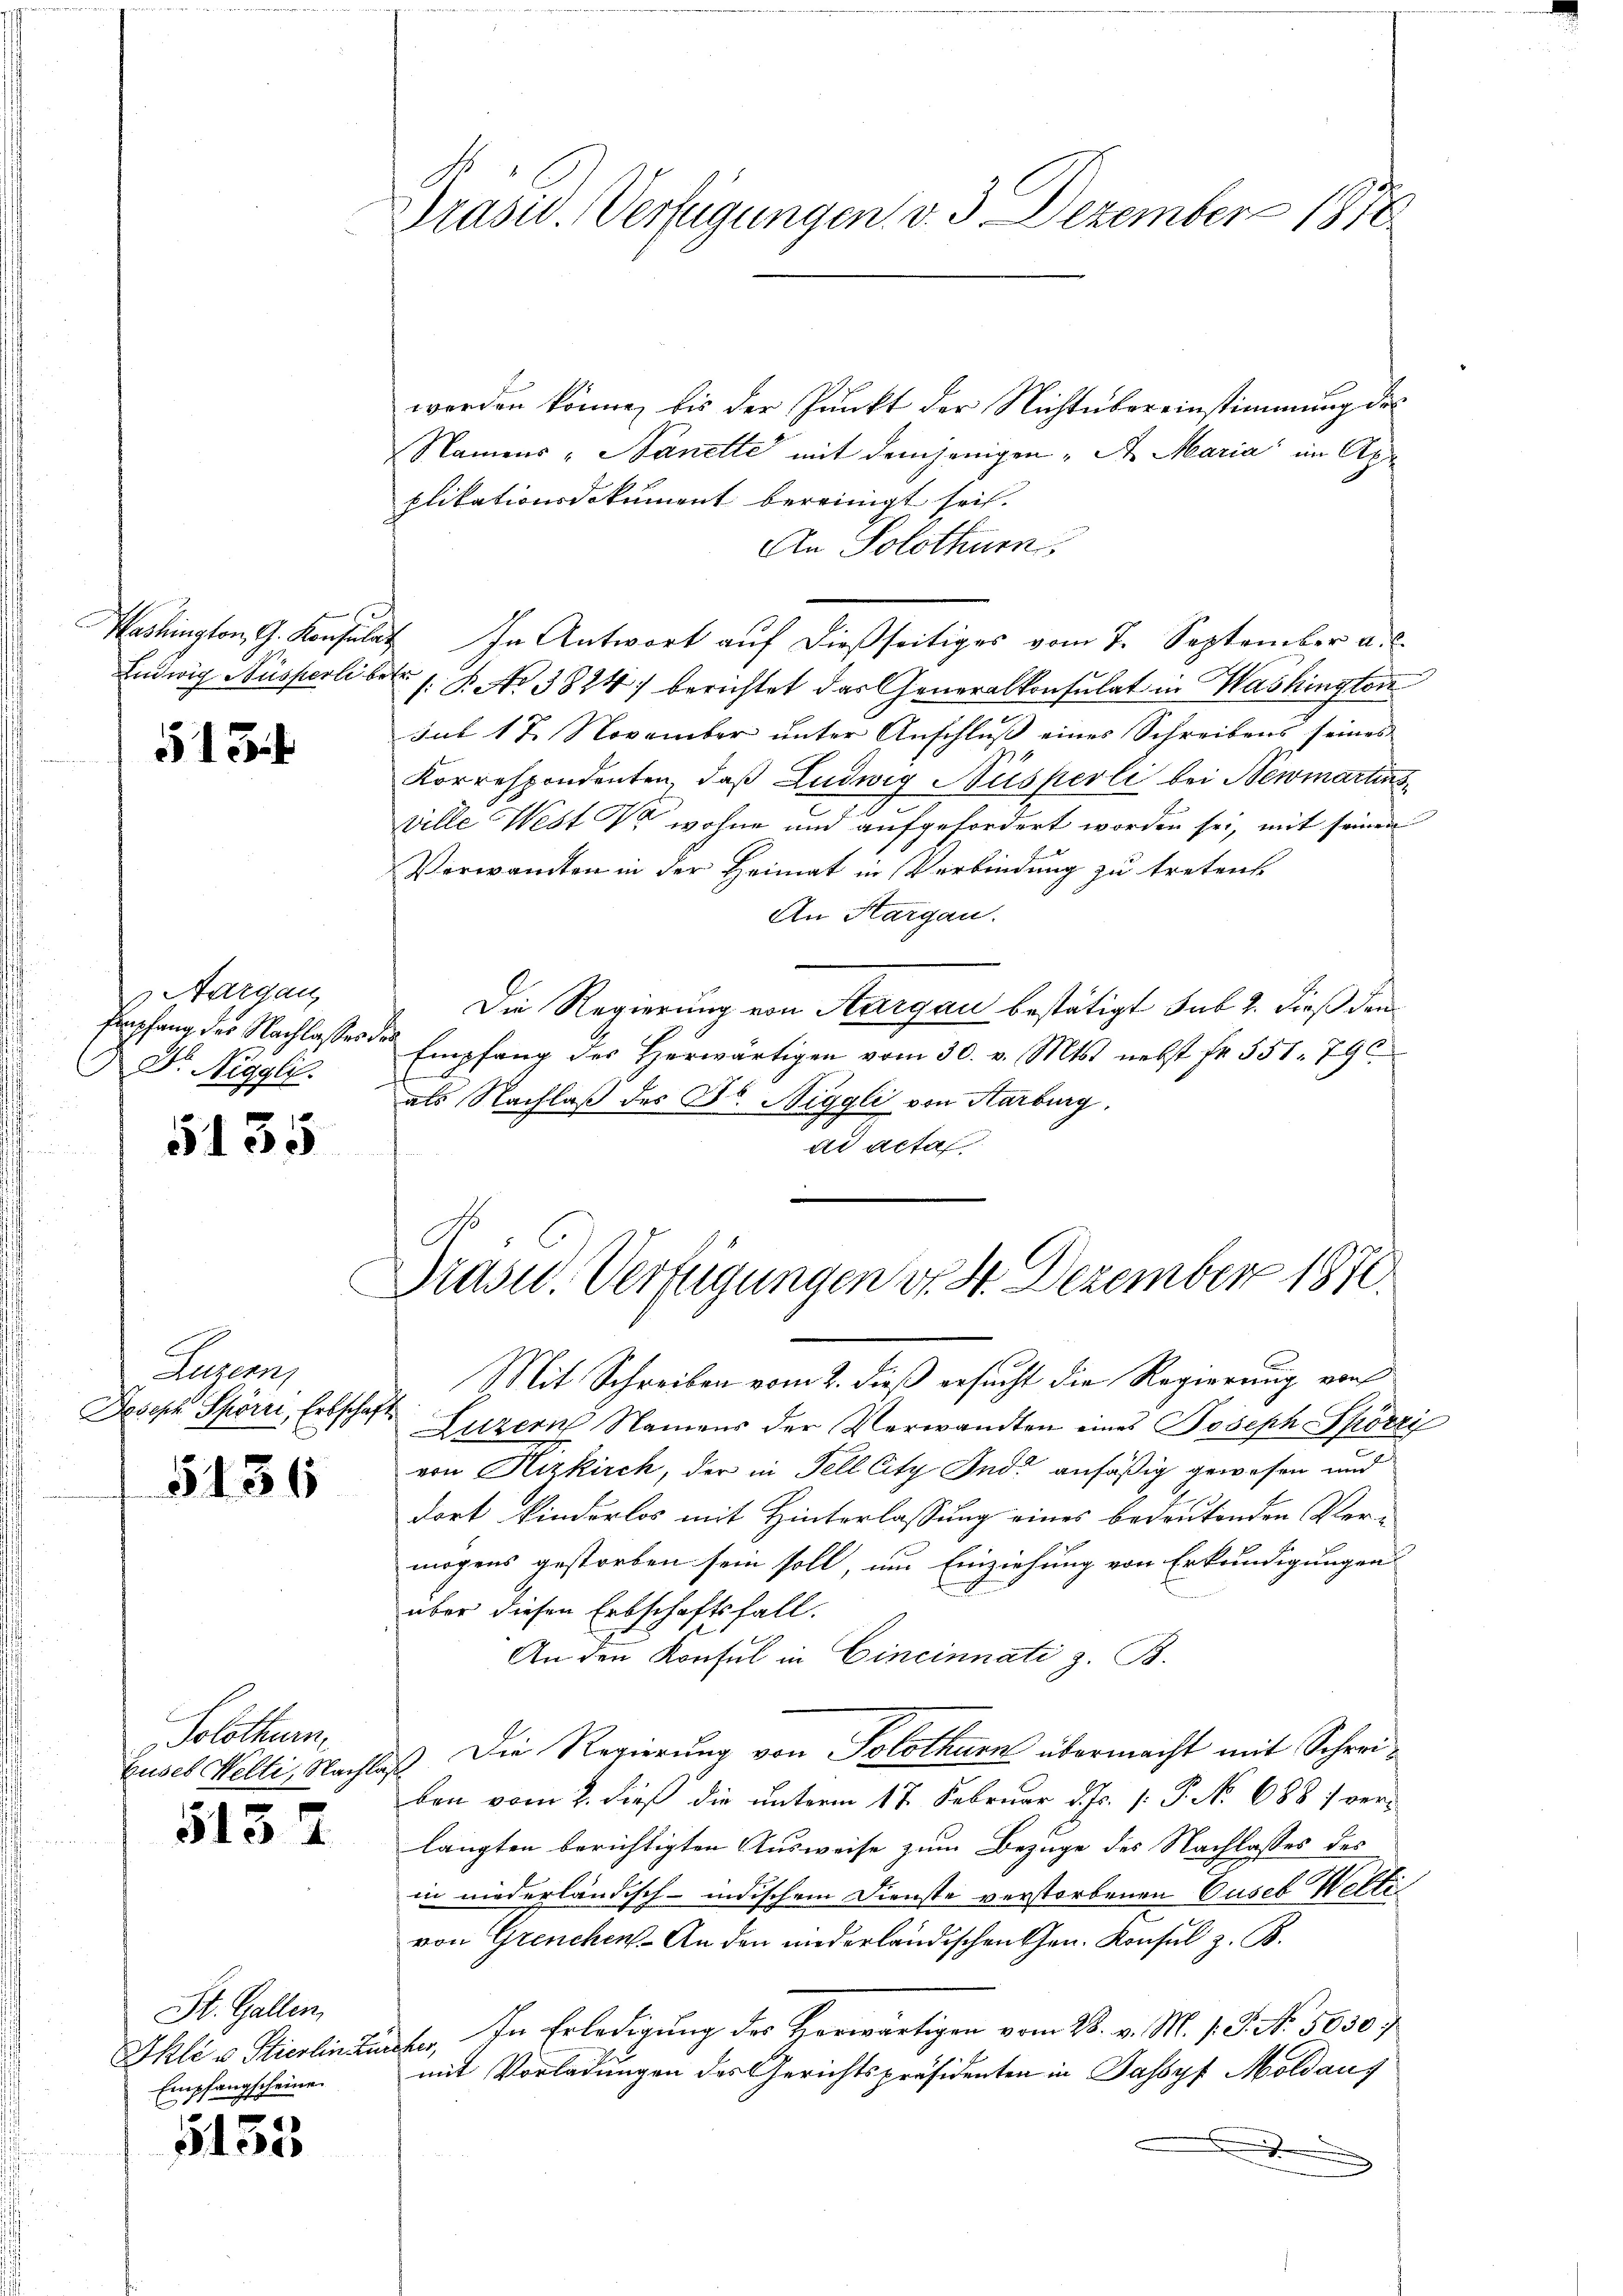
2

5154

Aargau,
Empfang des Nachlasser der
Dr. Neggli.

5135

Luzern,

5136

Solothurn.

513

St. Gallen,
Ihli v. Stierlin den
Empfangscheine.

5153

2

werden könne, bis der Punkt der Nichtübereinstimmung des
Namens „Nanette mit demjenigen A. Maria im Apr
plikationsdokument bereinigt sei.
An Solothurn,
Washington G. Konsulat In Antwort auf dießseitiges vom 7. September a. c.
Eidwig Nusperliber s. B. No 3824 berichtet das Generalkonsulat in Washington
sub 17 November unter Anschluß eines Schreibens seines
Korrespondenten, daß Ludwig Nusperli bei Newmartins
ville West da wohne und aufgefordert worden sei, mit seinen
Verwandten in der Heimat in Verbindung zu treten
An Hargau.
Die Regierung von Aargau bestätigt sub 2. dieß den
Empfang des herwärtigen vom 30. v. Mts. nebst fr. 551. 79
als Nachlaß der Dr. Niggli von Aarburg.
ad acta

Präsid. Verfügungen. v. 3. Dezember 1876.

Mit Schreiben vom 2. dieß ersucht die Regierung von
wasch Spörri, Erbschaft Luzern Namens der Verwandten eines Joseph Spörri
von Hizkirch, der in Fell City Indi anfäßig gewesen und
dort kinderlos mit Hinterlassung eines bedeutenden Ver-
mögens gestorben sein soll, um Einziehung von Erkundigungen
über diesen Erbschaftsfall.
An den Konsul in Cincinnati z. B.
buses Welti, Nachlaß. Die Regierung von Solothurn übermacht mit Schreiben vom 2. dieß die unterm 17. Februar d. Js. [: P. No 688 :/ verlangten berichtigten Ausweise zum Bezuge des Nachlasses des
in niederländisch-indischem Dienste verstorbenen Guses Voltivon Grenchen. An den niederländischen Gen. Konsul z. B.
uufer. In Erledigung des Herwärtigen vom 28. v. M. v. J. No. 5030;
mit Vorladungen des Gerichtspräsidenten in Jassyf Moldaus
.

C
Drasil. Verfügungen d. 4. Dezember 1870.